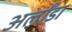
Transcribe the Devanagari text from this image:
अर्लांडा